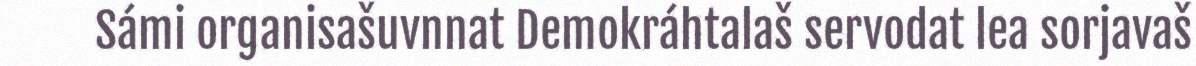
Sámi organisašuvnnat Demokráhtalaš servodat lea sorjavaš